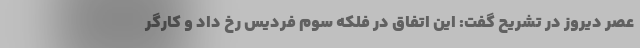
عصر دیروز در تشریح گفت: این اتفاق در فلکه سوم فردیس رخ داد و کارگر